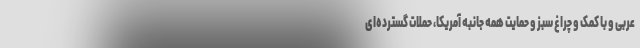
عربی و با کمک و چراغ سبز و حمایت همه جانبه آمریکا، حملات گسترده‌ای